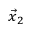
{ \vec { x } } _ { 2 }